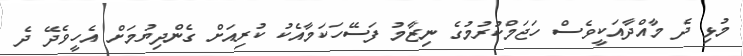
މުޅި ދެ މާއްދާއަކީވެސް ހަޖަމްކުރުމުގެ ނިޒާމު ފަސޭހަކަމާއެކު ކުރިއަށް ގެންދިޔުމަށް އެހީވެދޭ ދެ